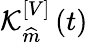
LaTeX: \mathcal{K}_{\widehat{m}}^{[V]}\left(t\right)